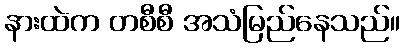
နားထဲက တစီစီ အသံမြည်နေသည်။